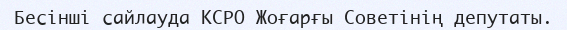
Бесінші сайлауда КСРО Жоғарғы Советінің депутаты.